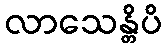
လာသေန္တိပိ